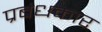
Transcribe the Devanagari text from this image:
प्रबंधकार